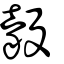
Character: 豰